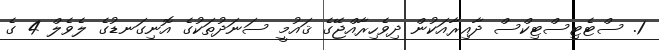
1. ސްޓެޓިސްޓިކްސް ދާއިރާއަކުން ދިވެހިރާއްޖޭގެ ޤައުމީ ސަނަދުތަކުގެ އޮނިގަނޑުގެ ލެވެލް 4 ގެ